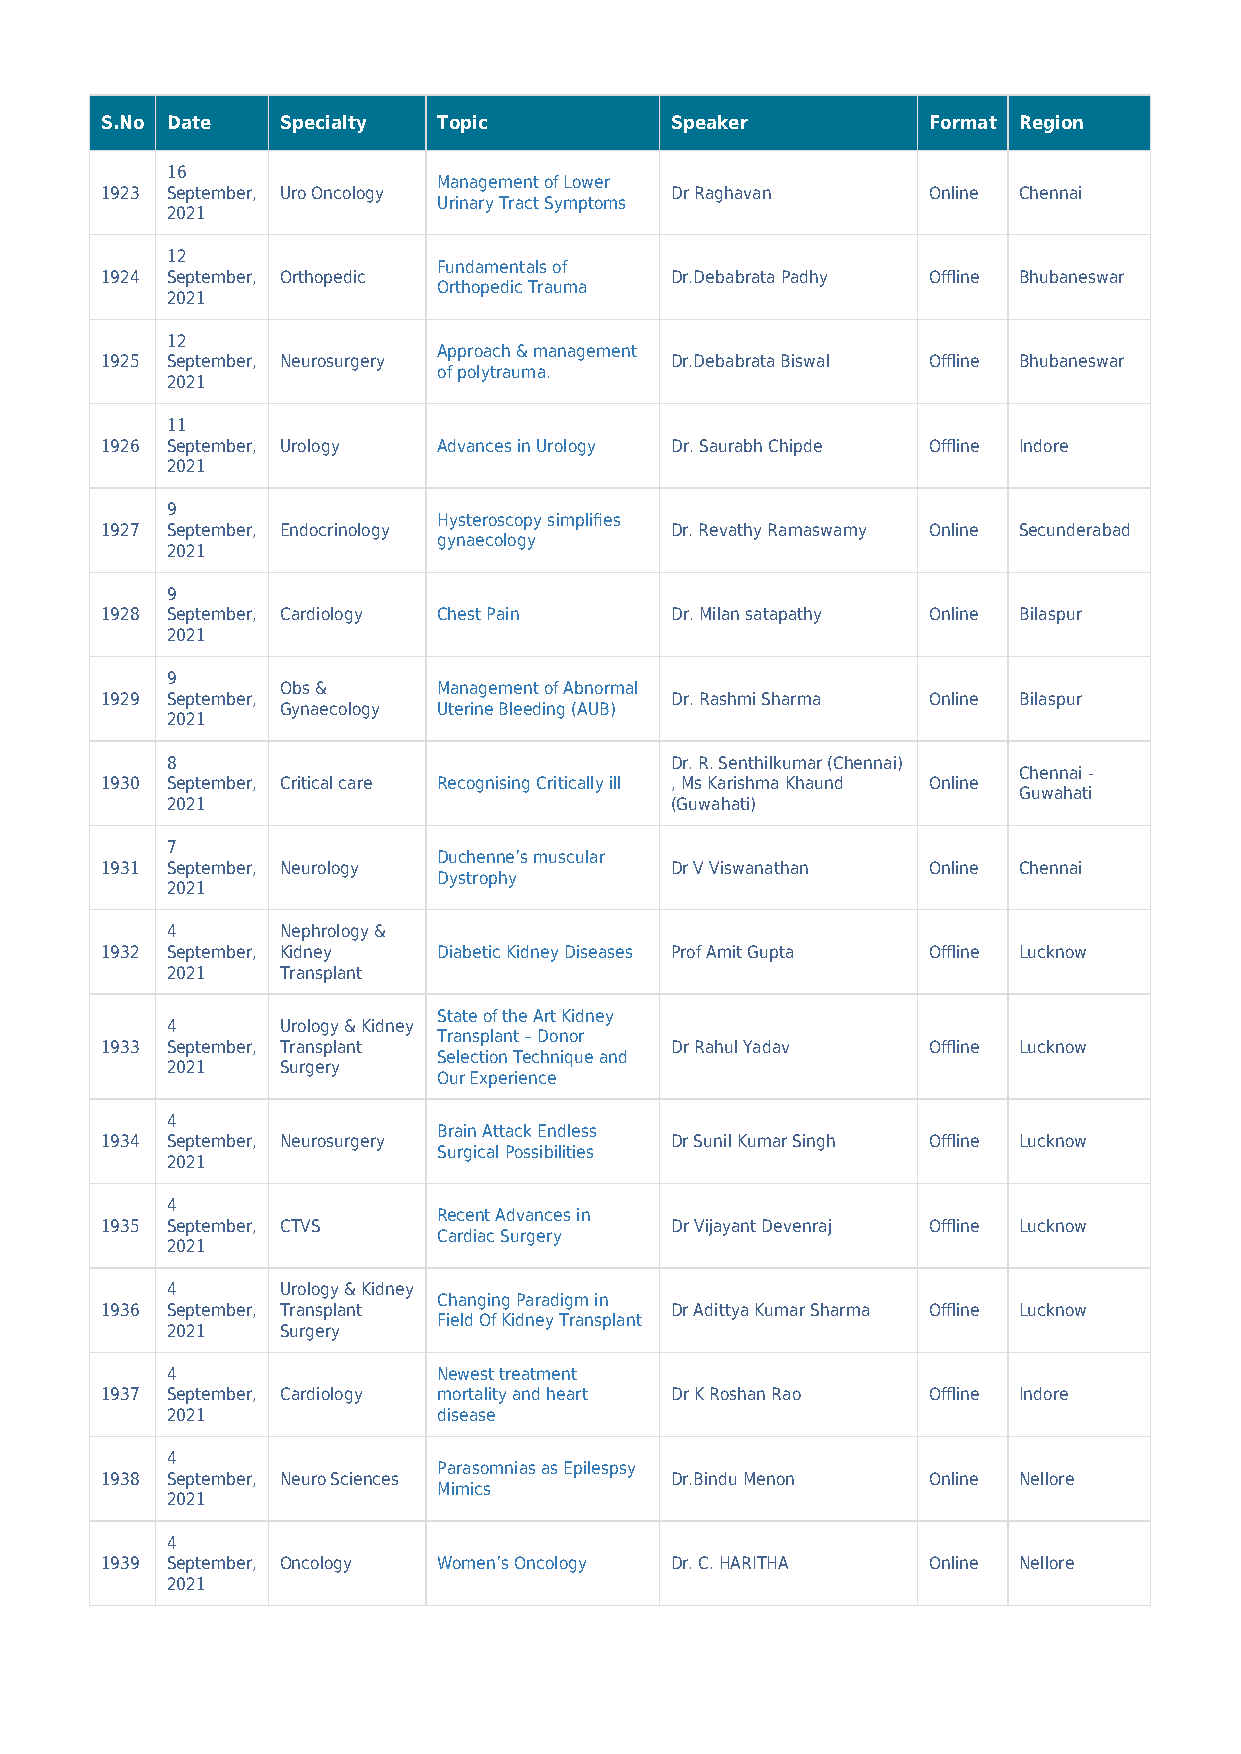
S.No Date   Specialty Topic          Speaker          Format Region
 16
 Management of Lower
 1923 September, Uro Oncology         Dr Raghavan      Online Chennai
 Urinary Tract Symptoms
 2021
 12
 Fundamentals of
 1924 September, Orthopedic           Dr.Debabrata Padhy Offline Bhubaneswar
 Orthopedic Trauma
 2021
 12
 Approach & management
 1925 September, Neurosurgery         Dr.Debabrata Biswal Offline Bhubaneswar
 of polytrauma.
 2021
 11
 1926 September, Urology Advances in Urology Dr. Saurabh Chipde Offline Indore
 2021
 9
 Hysteroscopy simplifies
 1927 September, Endocrinology        Dr. Revathy Ramaswamy Online Secunderabad
 gynaecology
 2021
 9
 1928 September, Cardiology Chest Pain Dr. Milan satapathy Online Bilaspur
 2021
 9
 Obs &     Management of Abnormal
 1929 September,                      Dr. Rashmi Sharma Online Bilaspur
 Gynaecology Uterine Bleeding (AUB)
 2021
 8                                Dr. R. Senthilkumar (Chennai)
 Chennai -
 1930 September, Critical care Recognising Critically ill , Ms Karishma Khaund Online
 Guwahati
 2021                             (Guwahati)
 7
 Duchenne’s muscular
 1931 September, Neurology            Dr V Viswanathan Online Chennai
 Dystrophy
 2021
 4       Nephrology &
 1932 September, Kidney Diabetic Kidney Diseases Prof Amit Gupta Offline Lucknow
 2021    Transplant
 State of the Art Kidney
 4       Urology & Kidney
 Transplant – Donor
 1933 September, Transplant           Dr Rahul Yadav   Offline Lucknow
 Selection Technique and
 2021    Surgery
 Our Experience
 4
 Brain Attack Endless
 1934 September, Neurosurgery         Dr Sunil Kumar Singh Offline Lucknow
 Surgical Possibilities
 2021
 4
 Recent Advances in
 1935 September, CTVS                 Dr Vijayant Devenraj Offline Lucknow
 Cardiac Surgery
 2021
 4       Urology & Kidney
 Changing Paradigm in
 1936 September, Transplant           Dr Adittya Kumar Sharma Offline Lucknow
 Field Of Kidney Transplant
 2021    Surgery
 4                 Newest treatment
 1937 September, Cardiology mortality and heart Dr K Roshan Rao Offline Indore
 2021              disease
 4
 Parasomnias as Epilespsy
 1938 September, Neuro Sciences       Dr.Bindu Menon   Online Nellore
 Mimics
 2021
 4
 1939 September, Oncology Women’s Oncology Dr. C. HARITHA Online Nellore
 2021